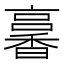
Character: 㐯